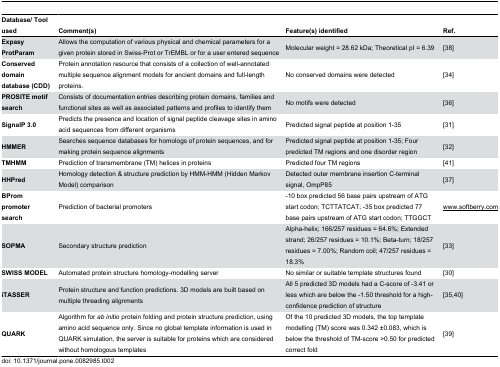
| Database/ Tool used | Comment(s) | Feature(s) identified | Ref. |
 | --- | --- | --- | --- |
 | Expasy ProtParam | Allows the computation of various physical and chemical parameters for a given protein stored in Swiss-Prot or TrEMBL or for a user entered sequence | Molecular weight = 28.62 kDa; Theoretical pI = 6.39 | [38] |
 | Conserved domain database (CDD) | Protein annotation resource that consists of a collection of well-annotated multiple sequence alignment models for ancient domains and full-length proteins. | No conserved domains were detected | [34] |
 | PROSITE motif search | Consists of documentation entries describing protein domains, families and functional sites as well as associated patterns and profiles to identify them | No motifs were detected | [36] |
 | SignalP 3.0 | Predicts the presence and location of signal peptide cleavage sites in amino acid sequences from different organisms | Predicted signal peptide at position 1-35 | [31] |
 | HMMER | Searches sequence databases for homologs of protein sequences, and for making protein sequence alignments | Predicted signal peptide at position 1-35; Four predicted TM regions and one disorder region | [32] |
 | TMHMM | Prediction of transmembrane (TM) helices in proteins | Predicted four TM regions | [41] |
 | HHPred | Homology detection & structure prediction by HMM-HMM (Hidden Markov Model) comparison | Detected outer membrane insertion C-terminal signal, OmpP85 | [37] |
 | BProm promoter search | Prediction of bacterial promoters | -10 box predicted 56 base pairs upstream of ATG start codon; TCTTATCAT; -35 box predicted 77 base pairs upstream of ATG start codon; TTGGCT | <underline>www.softberry.com</underline> |
 | SOPMA | Secondary structure prediction | Alpha-helix; 166/257 residues = 64.6%; Extended strand; 26/257 residues = 10.1%; Beta-turn; 18/257 residues = 7.00%; Random coil; 47/257 residues = 18.3% | [33] |
 | SWISS MODEL | Automated protein structure homology-modelling server | No similar or suitable template structures found | [30] |
 | iTASSER | Protein structure and function predictions. 3D models are built based on multiple threading alignments | All 5 predicted 3D models had a C-score of -3.41 or less which are below the -1.50 threshold for a high-confidence prediction of structure | [35,40] |
 | QUARK | Algorithm for ab initio protein folding and protein structure prediction, using amino acid sequence only. Since no global template information is used in QUARK simulation, the server is suitable for proteins which are considered without homologous templates | Of the 10 predicted 3D models, the top template modelling (TM) score was 0.342 ±0.083, which is below the threshold of TM-score >0.50 for predicted correct fold | [39] |